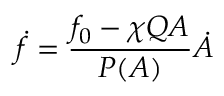
\dot { f } = \frac { f _ { 0 } - \chi Q A } { P ( A ) } \dot { A }